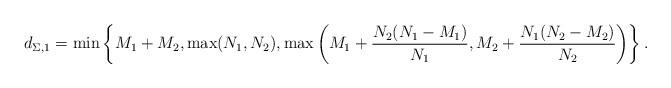
LaTeX: \begin{align*} d_{\Sigma,1}=\min\left\{M_1+M_2,\max(N_1,N_2),\max\left(M_1+\frac{N_2(N_1-M_1)}{N_1},M_2+\frac{N_1(N_2-M_2)}{N_2}\right)\right\}.\end{align*}